Annual report on the working of the lock hospitals in the Central Provinces
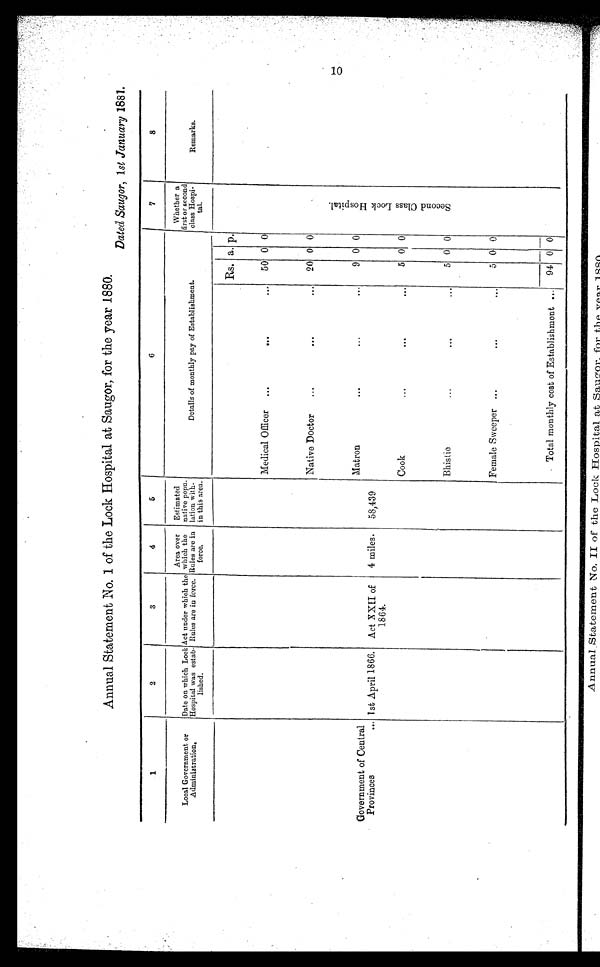
Annual Statement No. 1 of the Lock Hospital at Saugor, for the year 1880.
Dated Saugor, 1st January 1881.
1
2
3
4
5
6
7
8
Local Government or
Administration.
Date on which Lock
Hospital was estab-
lished.
Act under which the
Rules are in force.
Area over
which the
Rules are in
force.
Estimated
native popu-
lation with-
in this area.
Details of monthly pay of Establishment.
Whether a
first or second
class Hospi-
tal.
Remarks.
Rs. a. p.
S e c o n d C l a s s L o c k H o s p i t a l .
Medical Officer
...
.
. . .
50 0 0
Native Doctor
...
...
.
20 0 0
Matron
...
.. . ...
9 0 0
Government of Central
Provinces
.., 1st April 1866.
Act XXII of
1864.
4 miles.
58,439
Cook
...
De.
.. .
5 0
0
Bhistie
...
. .n ...
5 0 0
Female Sweeper ...
...
...
5 0 0
Total monthly cost of Establishment ...
94 0 0